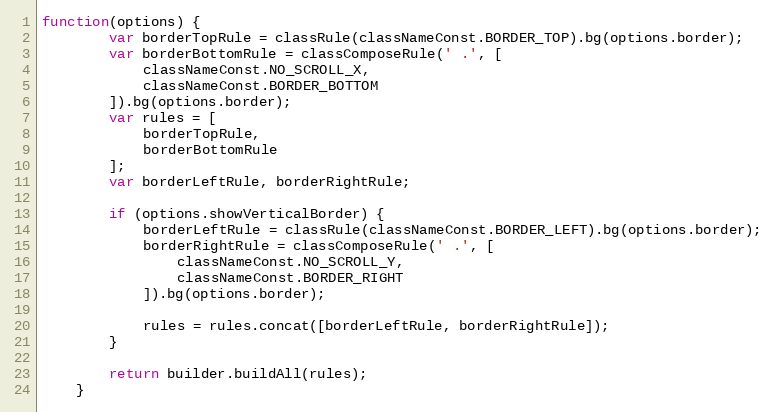
Language: JavaScript
function(options) {
        var borderTopRule = classRule(classNameConst.BORDER_TOP).bg(options.border);
        var borderBottomRule = classComposeRule(' .', [
            classNameConst.NO_SCROLL_X,
            classNameConst.BORDER_BOTTOM
        ]).bg(options.border);
        var rules = [
            borderTopRule,
            borderBottomRule
        ];
        var borderLeftRule, borderRightRule;

        if (options.showVerticalBorder) {
            borderLeftRule = classRule(classNameConst.BORDER_LEFT).bg(options.border);
            borderRightRule = classComposeRule(' .', [
                classNameConst.NO_SCROLL_Y,
                classNameConst.BORDER_RIGHT
            ]).bg(options.border);

            rules = rules.concat([borderLeftRule, borderRightRule]);
        }

        return builder.buildAll(rules);
    }